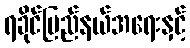
ရခိုင်ပြည်နယ်အရေးနှင့်